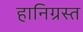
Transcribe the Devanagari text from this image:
हानिग्रस्त